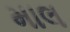
માલ